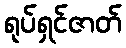
ရုပ်ရှင်ဇာတ်